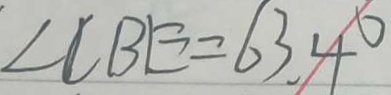
\angle C B E = 6 3 . 4 ^ { \circ }